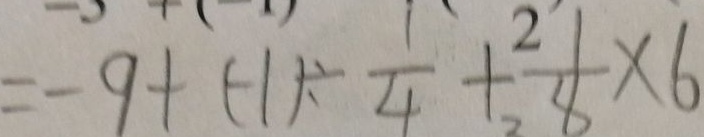
= - 9 + ( - 1 ) \div \frac { 1 } { 4 } + \frac { 1 } { 8 } \times 6